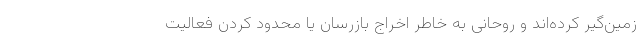
زمین‌گیر کرده‌اند و روحانی به خاطر اخراج بازرسان یا محدود کردن فعالیت